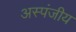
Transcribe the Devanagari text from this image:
अस्पंजीय